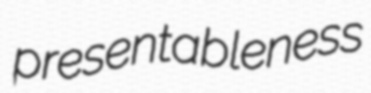
presentableness